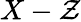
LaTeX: X-\mathcal{Z}